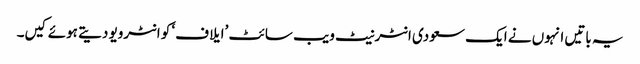
یہ باتیں انہوں نے ایک سعودی انٹرنیٹ ویب سائٹ ’ایلاف‘ کو انٹرویو دیتے ہوئے کیں۔